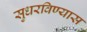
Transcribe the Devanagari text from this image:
सुधरविण्यास